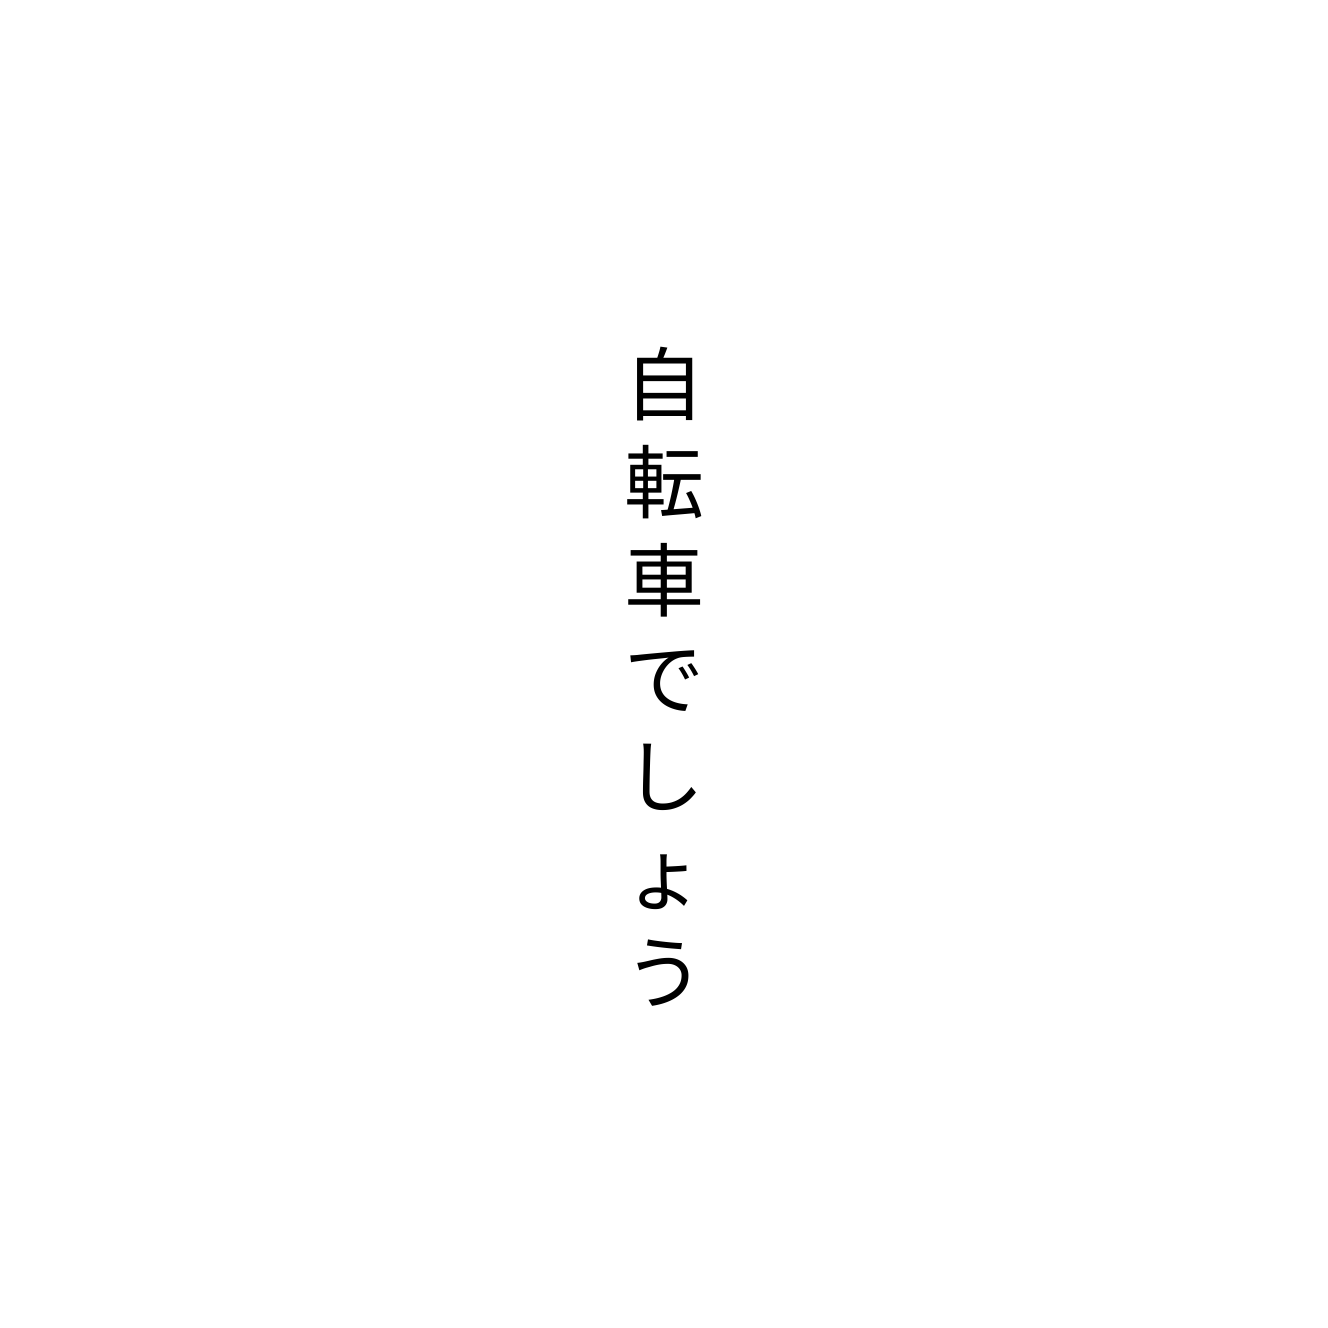
自転車でしょう